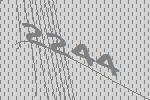
2244